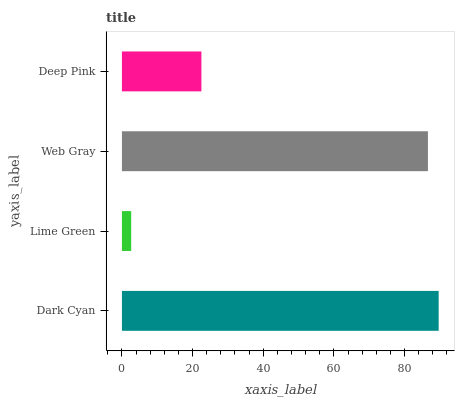
| yaxis_label | bars |
 | --- | --- |
 | Dark Cyan | 89.7 |
 | Lime Green | 2.62 |
 | Web Gray | 86.6 |
 | Deep Pink | 22.5 |